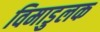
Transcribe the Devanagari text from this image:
विमाडुलक